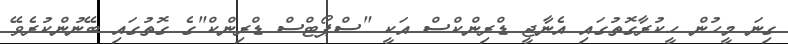
ގިނަ މީހުން ހީކުރާގޮތުގައި އެނާޖީ ޑްރިންކްސް އަކީ "ސްޕޯޓްސް ޑްރިންކް"ގެ ގޮތުގައި ބޭނުންކުރެވޭ